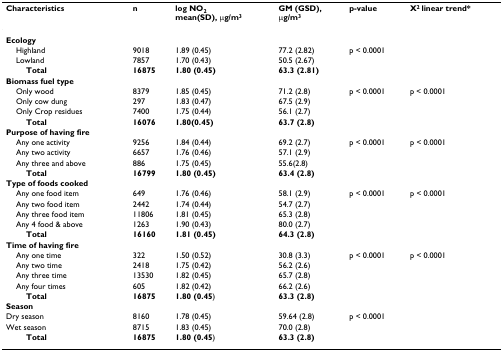
<table><thead><tr><td><b>Characteristics</b></td><td><b>n</b></td><td><b>log NO<sub>2</sub>mean(SD), μg/m<sup>3</sup></b></td><td><b>GM (GSD),μg/m<sup>3</sup></b></td><td><b>p-value</b></td><td><b>X<sup>2 </sup>linear trend*</b></td></tr></thead><tbody><tr><td><b>Ecology</b></td><td></td><td></td><td></td><td></td><td></td></tr><tr><td> Highland</td><td>9018</td><td>1.89 (0.45)</td><td>77.2 (2.82)</td><td>p &lt; 0.0001</td><td></td></tr><tr><td> Lowland</td><td>7857</td><td>1.70 (0.43)</td><td>50.5 (2.67)</td><td></td><td></td></tr><tr><td><b>Total</b></td><td><b>16875</b></td><td><b>1.80 (0.45)</b></td><td><b>63.3 (2.81)</b></td><td></td><td></td></tr><tr><td><b>Biomass fuel type</b></td><td></td><td></td><td></td><td></td><td></td></tr><tr><td> Only wood</td><td>8379</td><td>1.85 (0.45)</td><td>71.2 (2.8)</td><td>p &lt; 0.0001</td><td>p &lt; 0.0001</td></tr><tr><td> Only cow dung</td><td>297</td><td>1.83 (0.47)</td><td>67.5 (2.9)</td><td></td><td></td></tr><tr><td> Only Crop residues</td><td>7400</td><td>1.75 (0.44)</td><td>56.1 (2.7)</td><td></td><td></td></tr><tr><td><b>Total</b></td><td><b>16076</b></td><td><b>1.80(0.45)</b></td><td><b>63.7 (2.8)</b></td><td></td><td></td></tr><tr><td><b>Purpose of having fire</b></td><td></td><td></td><td></td><td></td><td></td></tr><tr><td> Any one activity</td><td>9256</td><td>1.84 (0.44)</td><td>69.2 (2.7)</td><td>p &lt; 0.0001</td><td>p &lt; 0.0001</td></tr><tr><td> Any two activity</td><td>6657</td><td>1.76 (0.46)</td><td>57.1 (2.9)</td><td></td><td></td></tr><tr><td> Any three and above</td><td>886</td><td>1.75 (0.45)</td><td>55.6(2.8)</td><td></td><td></td></tr><tr><td><b>Total</b></td><td><b>16799</b></td><td><b>1.80 (0.45)</b></td><td><b>63.4 (2.8)</b></td><td></td><td></td></tr><tr><td><b>Type of foods cooked</b></td><td></td><td></td><td></td><td></td><td></td></tr><tr><td> Any one food item</td><td>649</td><td>1.76 (0.46)</td><td>58.1 (2.9)</td><td>p &lt; 0.0001</td><td>p &lt; 0.0001</td></tr><tr><td> Any two food item</td><td>2442</td><td>1.74 (0.44)</td><td>54.7 (2.7)</td><td></td><td></td></tr><tr><td> Any three food item</td><td>11806</td><td>1.81 (0.45)</td><td>65.3 (2.8)</td><td></td><td></td></tr><tr><td> Any 4 food &amp; above</td><td>1263</td><td>1.90 (0.43)</td><td>80.0 (2.7)</td><td></td><td></td></tr><tr><td><b>Total</b></td><td><b>16160</b></td><td><b>1.81 (0.45)</b></td><td><b>64.3 (2.8)</b></td><td></td><td></td></tr><tr><td><b>Time of having fire</b></td><td></td><td></td><td></td><td></td><td></td></tr><tr><td> Any one time</td><td>322</td><td>1.50 (0.52)</td><td>30.8 (3.3)</td><td>p &lt; 0.0001</td><td>p &lt; 0.0001</td></tr><tr><td> Any two time</td><td>2418</td><td>1.75 (0.42)</td><td>56.2 (2.6)</td><td></td><td></td></tr><tr><td> Any three time</td><td>13530</td><td>1.82 (0.45)</td><td>65.7 (2.8)</td><td></td><td></td></tr><tr><td> Any four times</td><td>605</td><td>1.82 (0.42)</td><td>66.2 (2.6)</td><td></td><td></td></tr><tr><td><b>Total</b></td><td><b>16875</b></td><td><b>1.80 (0.45</b>)</td><td><b>63.3 (2.8)</b></td><td></td><td></td></tr><tr><td><b>Season</b></td><td></td><td></td><td></td><td></td><td></td></tr><tr><td>Dry season</td><td>8160</td><td>1.78 (0.45)</td><td>59.64 (2.8)</td><td>p &lt; 0.0001</td><td></td></tr><tr><td>Wet season</td><td>8715</td><td>1.83 (0.45)</td><td>70.0 (2.8)</td><td></td><td></td></tr><tr><td><b>Total</b></td><td><b>16875</b></td><td><b>1.80 (0.45</b>)</td><td><b>63.3 (2.8)</b></td><td></td><td></td></tr></tbody></table>